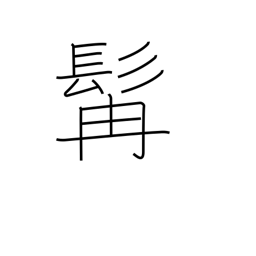
Meaning: beard